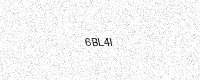
Text: 6BL4I